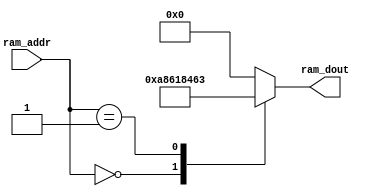

module ram(
  // Inputs
  ram_addr,   // Address

  // Outputs
  ram_dout    // Data output
);

input [15:0] ram_addr; // Address

output [15:0] ram_dout; // Data output
reg    [15:0] ram_dout;

// Memory array
`define MEM_SIZE 65535
reg [15:0] mem [0:`MEM_SIZE];

// Output data
always @(ram_addr) begin
  case(ram_addr)
    16'h0000: ram_dout <= 16'ha861;
    16'h0001: ram_dout <= 16'h8463;
    default: ram_dout <= 16'h0;
  endcase
end


endmodule